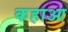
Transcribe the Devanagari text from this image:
कहाआ